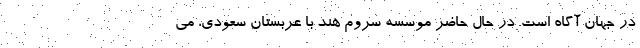
در جهان آگاه است. در حال حاضر موسسه سروم هند با عربستان سعودی، می